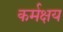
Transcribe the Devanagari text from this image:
कर्मक्षय